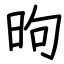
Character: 昫